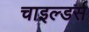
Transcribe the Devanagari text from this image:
चाइल्डर्स